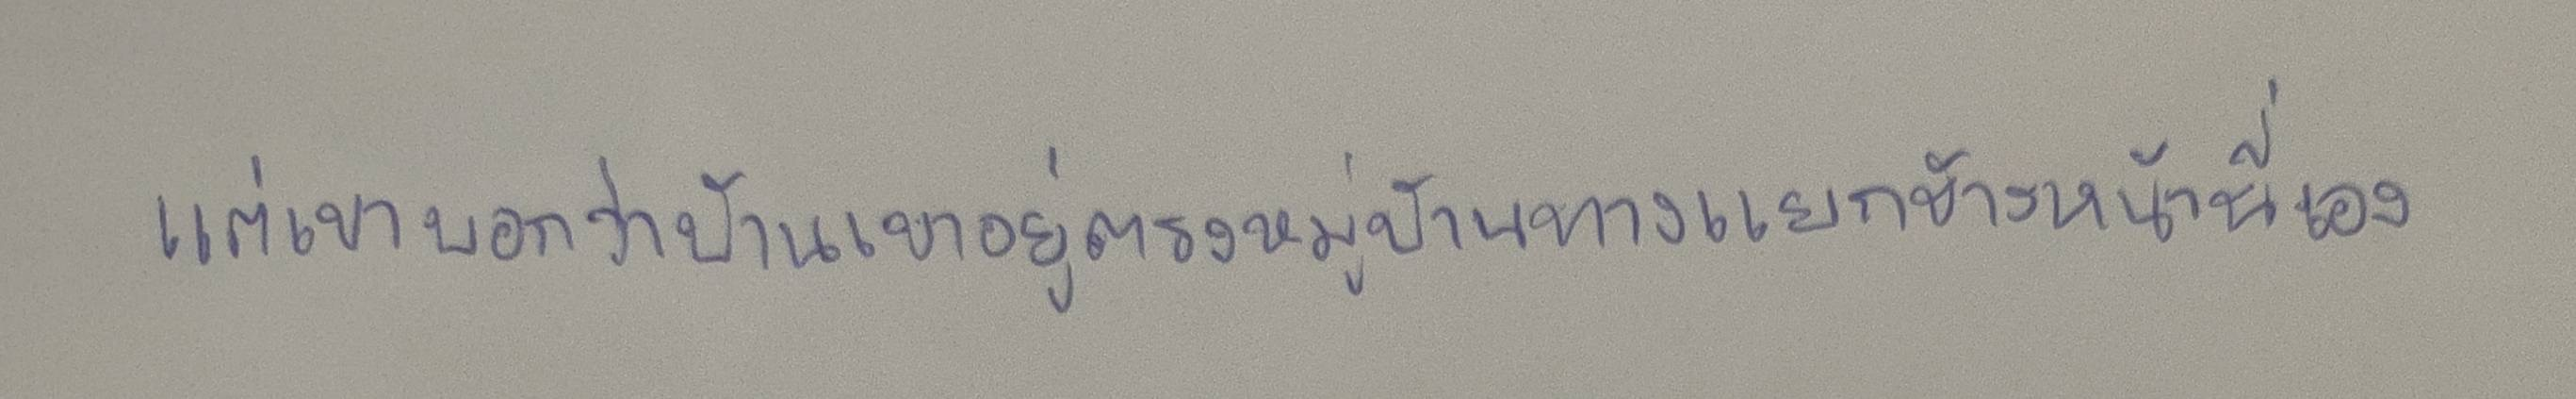
แต่เขาบอกว่าบ้านเขาอยู่ตรงหมู่บ้านทางแยกข้างหน้านี่เอง"